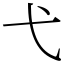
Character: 弋